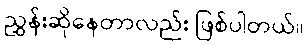
ညွှန်းဆိုနေတာလည်း ဖြစ်ပါတယ်။